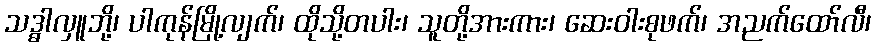
သဒ္ဓါလှူဘို့၊ ပါကုန်မြို့လျက်၊ ထိုသို့တပါး၊ သူတို့အားကား၊ ဆေးဝါးစုဖက်၊ အညက်ထော်လီ၊